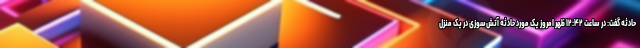
حادثه گفت: در ساعت ۱۲:۴۲ ظهر امروز یک مورد حادثه آتش‌سوزی در یک منزل